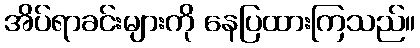
အိပ်ရာခင်းများကို နေပြထားကြသည်။